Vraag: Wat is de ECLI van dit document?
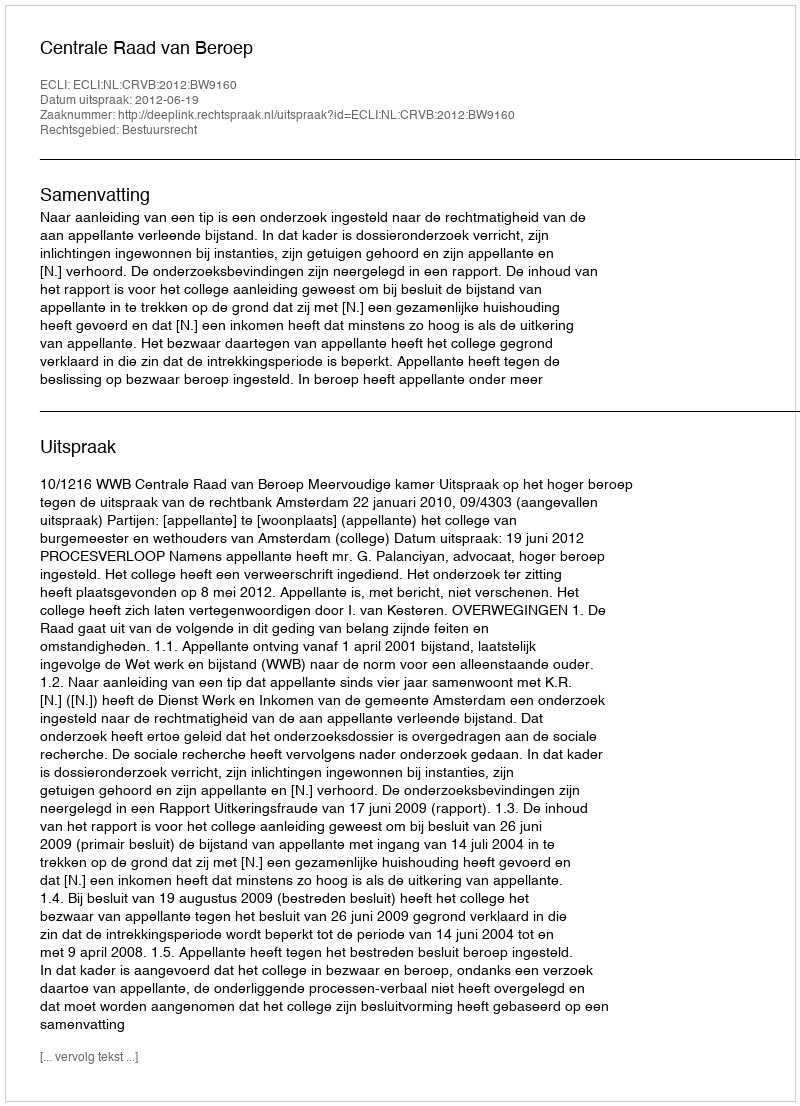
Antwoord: ECLI:NL:CRVB:2012:BW9160